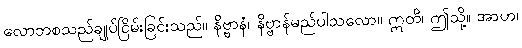
လောဘစသည်ချုပ်ငြိမ်းခြင်းသည်။ နိဗ္ဗာနံ၊ နိဗ္ဗာန်မည်ပါသလော။ ဣတိ၊ ဤသို့။ အာဟ၊